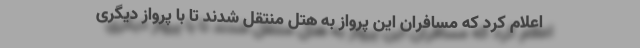
اعلام کرد که مسافران این پرواز به هتل منتقل شدند تا با پرواز دیگری